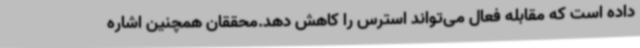
داده است که مقابله فعال می‌تواند استرس را کاهش دهد.محققان همچنین اشاره